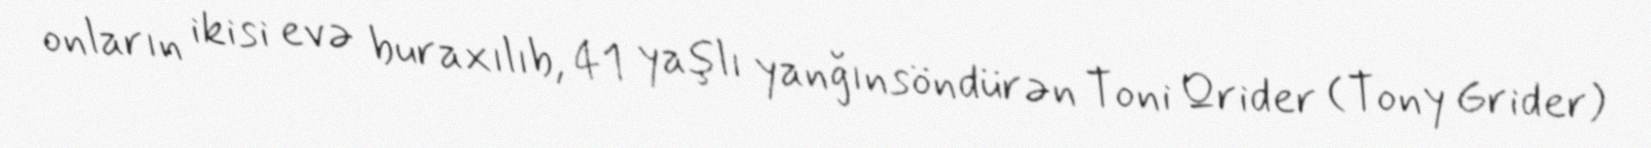
onların ikisi evə buraxılıb, 41 yaşlı yanğınsöndürən Toni Qrider (Tony Grider)